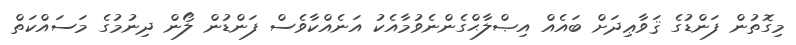
މިގޮތުން ފަންޑުގެ ޤަވާޢިދަށް ބައެއް އިޞްލާޙްގެންނެވުމާއެކު އަނެއްކާވެސް ފަންޑުން ލޯން ދިނުމުގެ މަސައްކަތް